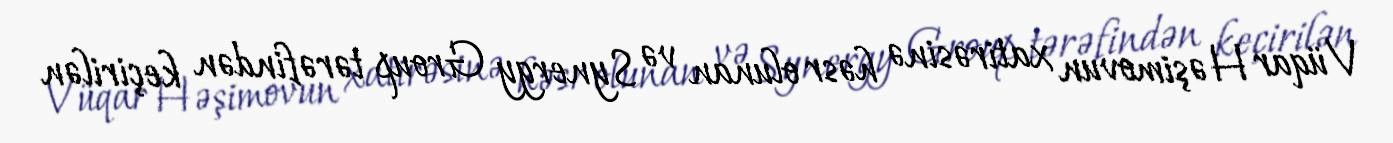
Vüqar Həşimovun xatirəsinə həsr olunan və Synergy Group tərəfindən keçirilən